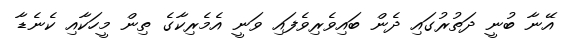
އޭނާ ބުނީ ދަތުރުގައި ދެން ބައިވެރިވެފައި ވަނީ އެމެރިކާގެ ތިން މީހަކާއި ކެނެޑާ